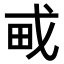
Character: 𤰭